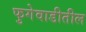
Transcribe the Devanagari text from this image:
फुगेवाडीतील